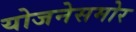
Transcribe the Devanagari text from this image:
योजनेसमोर